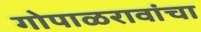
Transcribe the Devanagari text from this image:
गोपाळरावांचा